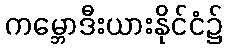
ကမ္ဘောဒီးယားနိုင်ငံ၌